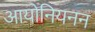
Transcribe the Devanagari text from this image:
आयोनियनन